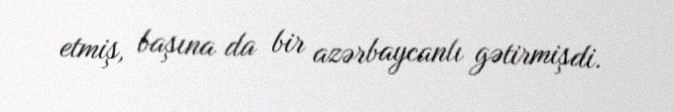
etmiş, başına da bir azərbaycanlı gətirmişdi.